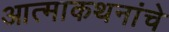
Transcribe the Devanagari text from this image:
आत्माकथनांचे